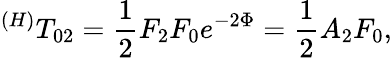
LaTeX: ^{(H)}T_{02}=\frac 12F_{2}F_{0}e^{-2\Phi}=\frac 12A_{2}F_{0},